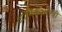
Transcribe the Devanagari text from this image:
आर्थिकशास्त्री